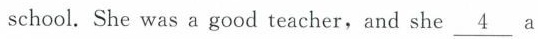
school.She was a good teacher,and she \underline{4} a